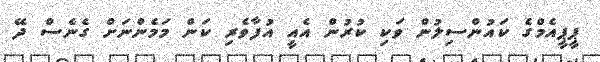
ޕީޕީއެމްގެ ކައުންސިލުން ވަކި ކުރުން އެއީ އުފާވެރި ކަން މަމެންނަށް ގެނެސް ދޭ